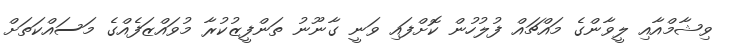
ވިޝާމްއާއި ލީވާންގެ މައްޗައް ފުލުހުން ކޮށްފައި ވަނީ ގާނޫނު ތަންފީޒުކުރާ މުވައްޒަފެއްގެ މަސައްކަތަށް